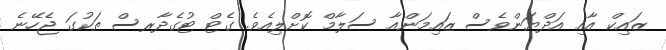
ޒައިކް އާއި އަދްޔަންވެސް ޒައިމަންއާ ސަލާމް ކޮށްލިއެވެ. ގެޓް ޓުގެދާރސް ތަކުގަ ޖެހޭނެ